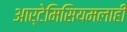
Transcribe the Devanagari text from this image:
आर्टेमिसियमलाही